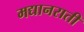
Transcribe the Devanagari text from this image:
मद्यानराती